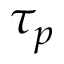
\tau _ { p }